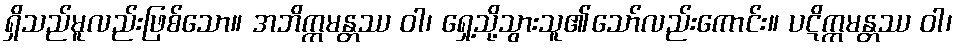
ရှိသည်မူလည်းဖြစ်သော။ အဘိက္ကမန္တဿ ဝါ၊ ရှေ့သို့သွားသူ၏သော်လည်းကောင်း။ ပဋိက္ကမန္တဿ ဝါ၊